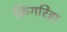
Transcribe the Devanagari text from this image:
किंगरिहा